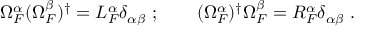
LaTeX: \Omega _ { F } ^ { \alpha } ( \Omega _ { F } ^ { \beta } ) ^ { \dagger } = L _ { F } ^ { \alpha } \delta _ { \alpha \beta } \ ; \qquad ( \Omega _ { F } ^ { \alpha } ) ^ { \dagger } \Omega _ { F } ^ { \beta } = R _ { F } ^ { \alpha } \delta _ { \alpha \beta } \ .